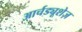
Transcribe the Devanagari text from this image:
आर्चड्यूशेज़